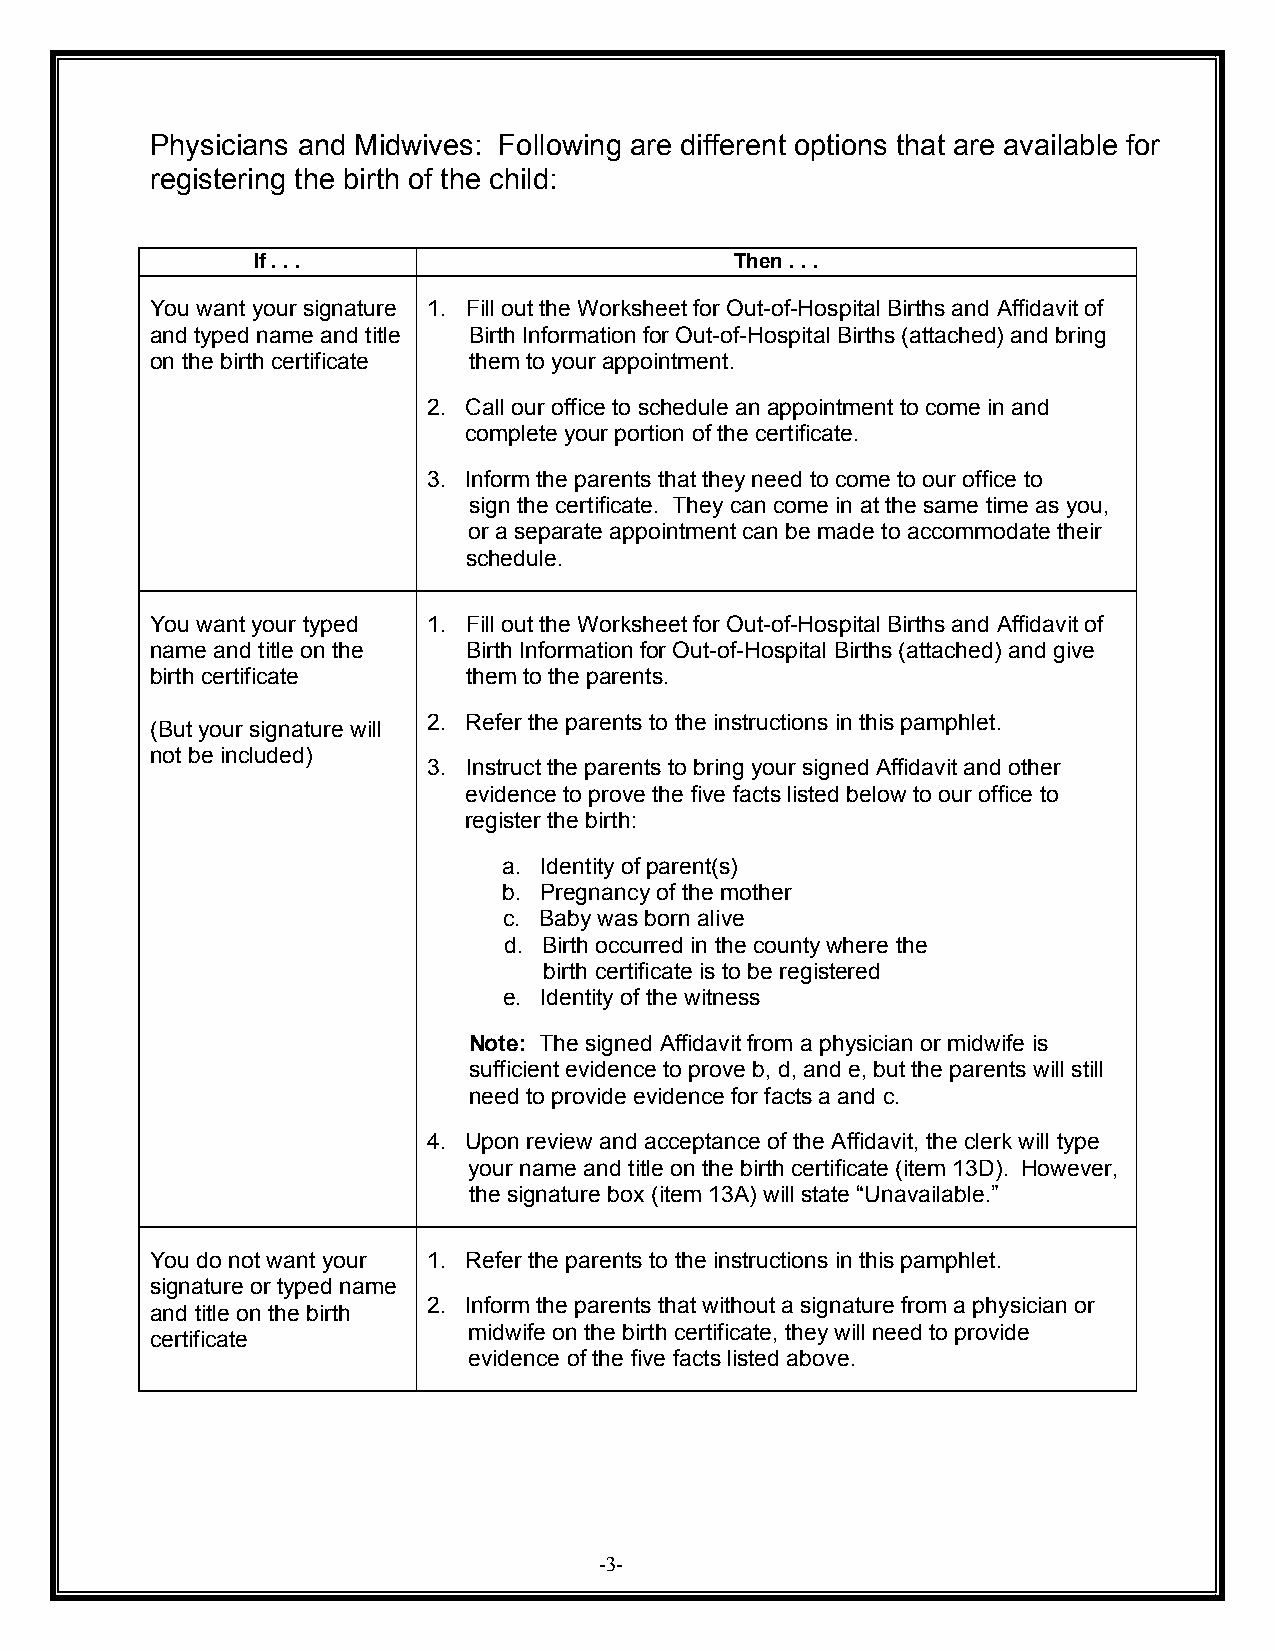
Physicians and Midwives: Following are different options that are available for
 registering the birth of the child:
 If . . .                        Then . . .
 You want your signature 1. Fill out the Worksheet for Out-of-Hospital Births and Affidavit of
 and typed name and title Birth Information for Out-of-Hospital Births (attached) and bring
 on the birth certificate them to your appointment.
 2. Call our office to schedule an appointment to come in and
 complete your portion of the certificate.
 3. Inform the parents that they need to come to our office to
 sign the certificate. They can come in at the same time as you,
 or a separate appointment can be made to accommodate their
 schedule.
 You want your typed 1. Fill out the Worksheet for Out-of-Hospital Births and Affidavit of
 name and title on the Birth Information for Out-of-Hospital Births (attached) and give
 birth certificate    them to the parents.
 2. Refer the parents to the instructions in this pamphlet.
 (But your signature will
 not be included)
 3. Instruct the parents to bring your signed Affidavit and other
 evidence to prove the five facts listed below to our office to
 register the birth:
 a. Identity of parent(s)
 b. Pregnancy of the mother
 c. Baby was born alive
 d. Birth occurred in the county where the
 birth certificate is to be registered
 e. Identity of the witness
 Note: The signed Affidavit from a physician or midwife is
 sufficient evidence to prove b, d, and e, but the parents will still
 need to provide evidence for facts a and c.
 4. Upon review and acceptance of the Affidavit, the clerk will type
 your name and title on the birth certificate (item 13D). However,
 the signature box (item 13A) will state “Unavailable.”
 You do not want your 1. Refer the parents to the instructions in this pamphlet.
 signature or typed name
 2. Inform the parents that without a signature from a physician or
 and title on the birth
 midwife on the birth certificate, they will need to provide
 certificate
 evidence of the five facts listed above.
 -3-